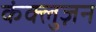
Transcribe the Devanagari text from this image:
कंक्लुज़न